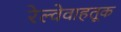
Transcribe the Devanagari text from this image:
रेल्वेवाहतूक